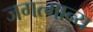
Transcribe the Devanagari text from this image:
जगत्मान्य